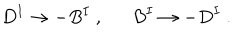
LaTeX: D ^ { I } \rightarrow - B ^ { I } \ , \ \ B ^ { I } \rightarrow - D ^ { I } \ .